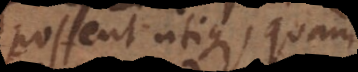
possent utique, quam